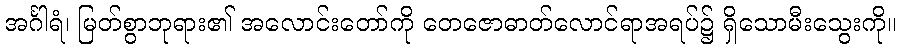
အင်္ဂါရံ၊ မြတ်စွာဘုရား၏ အလောင်းတော်ကို တေဇောဓာတ်လောင်ရာအရပ်၌ ရှိသောမီးသွေးကို။